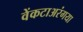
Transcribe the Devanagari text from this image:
वेंकटाअरंगया